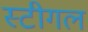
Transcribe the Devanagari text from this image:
स्टीगल